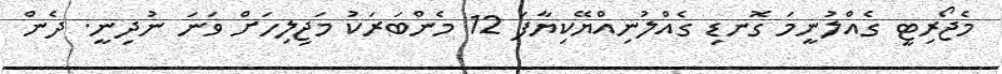
މެޖޯރިޓީ ގެއްލުނީމަ ގޮނޑި ގެއްލުނިއްޔޭކިޔާފަ 12 މެންބަރަކު މަޖިލިހަށް ވަނަ ނުދިނީ. ދެން